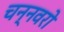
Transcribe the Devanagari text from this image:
चन्नवरो